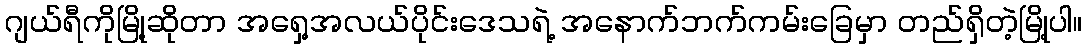
ဂျယ်ရီကိုမြို့ဆိုတာ အရှေ့အလယ်ပိုင်းဒေသရဲ့ အနောက်ဘက်ကမ်းခြေမှာ တည်ရှိတဲ့မြို့ပါ။